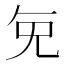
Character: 𭀠